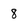
Character: 8